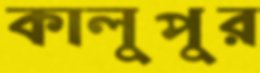
কালুপুর